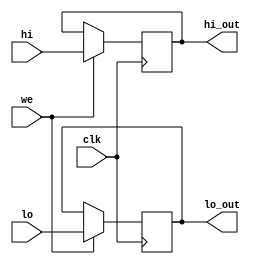
module hilo_reg (
        input  wire        clk,
        input  wire        we,
        input  wire [31:0]  lo,
        input  wire [31:0]  hi,

        output wire [31:0] lo_out,
        output wire [31:0] hi_out
    );
    
    reg [31:0] hi_rf;
    reg [31:0] lo_rf;

    
    initial begin
        hi_rf = 32'h0;
        lo_rf =32'h0;
    end
    
    always @ (posedge clk) begin
        if (we) begin
        hi_rf <= hi;
        lo_rf <= lo;
        end 
    end

    assign lo_out =  lo_rf;
    assign hi_out = hi_rf;

endmodule